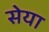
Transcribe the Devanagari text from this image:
सेया